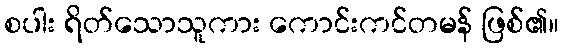
စပါး ရိတ်သောသူကား ကောင်းကင်တမန် ဖြစ်၏။